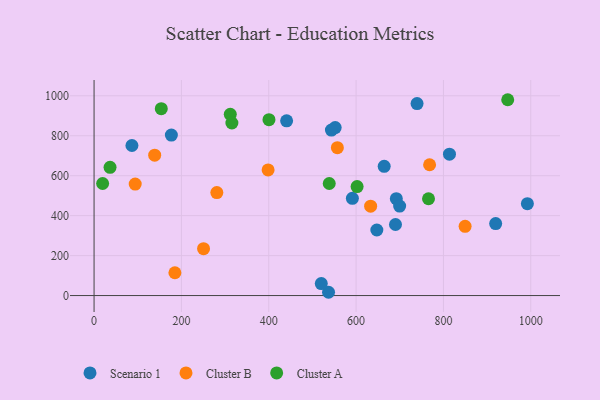
{"axis": {"x": "Ad Spend", "y": "Rating"}, "legend": ["Cluster A", "Cluster B", "Scenario 1"], "data": [{"x": "739.6", "y": 960.9, "type": "Scenario 1"}, {"x": "177.0", "y": 803.2, "type": "Scenario 1"}, {"x": "552.1", "y": 841.0, "type": "Scenario 1"}, {"x": "591.5", "y": 486.9, "type": "Scenario 1"}, {"x": "543.5", "y": 828.4, "type": "Scenario 1"}, {"x": "992.2", "y": 460.0, "type": "Scenario 1"}, {"x": "536.9", "y": 16.4, "type": "Scenario 1"}, {"x": "664.3", "y": 646.8, "type": "Scenario 1"}, {"x": "86.7", "y": 751.3, "type": "Scenario 1"}, {"x": "690.2", "y": 355.7, "type": "Scenario 1"}, {"x": "919.6", "y": 360.1, "type": "Scenario 1"}, {"x": "813.8", "y": 707.7, "type": "Scenario 1"}, {"x": "440.9", "y": 875.0, "type": "Scenario 1"}, {"x": "647.5", "y": 328.2, "type": "Scenario 1"}, {"x": "520.3", "y": 60.0, "type": "Scenario 1"}, {"x": "692.1", "y": 485.0, "type": "Scenario 1"}, {"x": "699.7", "y": 448.0, "type": "Scenario 1"}, {"x": "849.6", "y": 346.7, "type": "Cluster B"}, {"x": "138.8", "y": 702.8, "type": "Cluster B"}, {"x": "250.7", "y": 234.6, "type": "Cluster B"}, {"x": "185.1", "y": 114.1, "type": "Cluster B"}, {"x": "557.1", "y": 740.3, "type": "Cluster B"}, {"x": "633.3", "y": 447.5, "type": "Cluster B"}, {"x": "94.2", "y": 558.0, "type": "Cluster B"}, {"x": "398.5", "y": 628.9, "type": "Cluster B"}, {"x": "281.1", "y": 515.3, "type": "Cluster B"}, {"x": "768.3", "y": 654.9, "type": "Cluster B"}, {"x": "36.6", "y": 642.1, "type": "Cluster A"}, {"x": "538.5", "y": 561.0, "type": "Cluster A"}, {"x": "311.9", "y": 907.4, "type": "Cluster A"}, {"x": "315.6", "y": 863.9, "type": "Cluster A"}, {"x": "400.5", "y": 880.7, "type": "Cluster A"}, {"x": "19.6", "y": 561.1, "type": "Cluster A"}, {"x": "153.9", "y": 935.5, "type": "Cluster A"}, {"x": "602.3", "y": 545.5, "type": "Cluster A"}, {"x": "947.2", "y": 980.4, "type": "Cluster A"}, {"x": "765.8", "y": 484.6, "type": "Cluster A"}]}